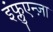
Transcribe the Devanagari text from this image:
इंफ्लुएन्ज़ा